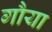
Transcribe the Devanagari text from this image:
गौया